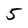
Character: 5